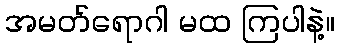
အမတ်ရောဂါ မထ ကြပါနဲ့။